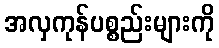
အလှကုန်ပစ္စည်းများကို